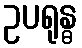
ဥပရုန္ဓ